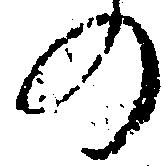
の